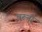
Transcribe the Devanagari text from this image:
चरूनी